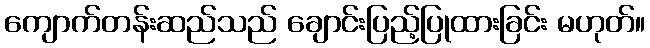
ကျောက်တန်းဆည်သည် ချောင်းပြည့်ပြုထားခြင်း မဟုတ်။